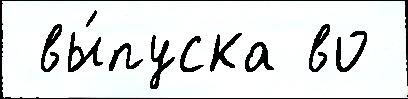
 вы́пуска во